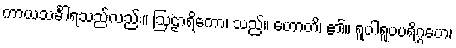
ကာယသင်္ခါရသည်လည်း။ ဩဠာရိကော၊ သည်။ ဟောတိ၊ ၏။ ရူပါရူပပရိဂ္ဂဟေ၊